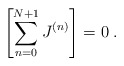
\begin{align*}\left[\sum_{n=0}^{N+1}J^{(n)}\right] = 0\; .\end{align*}